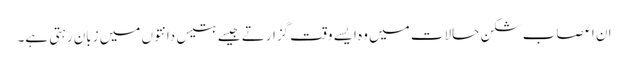
ان اعصاب شکن حالات میں وہ ایسے وقت گزارتے جیسے بتیس دانتوں میں زبان رہتی ہے۔